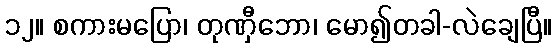
၁၂။ စကားမပြော၊ တုဏှီဘော၊ မော၍တခါ-လဲချေပြီ။